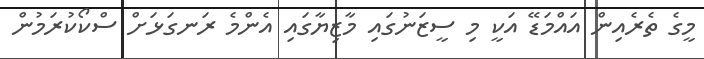
މީގެ ތެރެއިން އައްމަޑޭ އަކީ މި ސީޒަނުގައި މާޒިޔާގައި އެންމެ ރަނގަޅަށް ސްކޯކުރަމުން